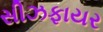
સીઝફાયર